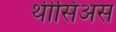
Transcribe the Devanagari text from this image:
थीसिअस